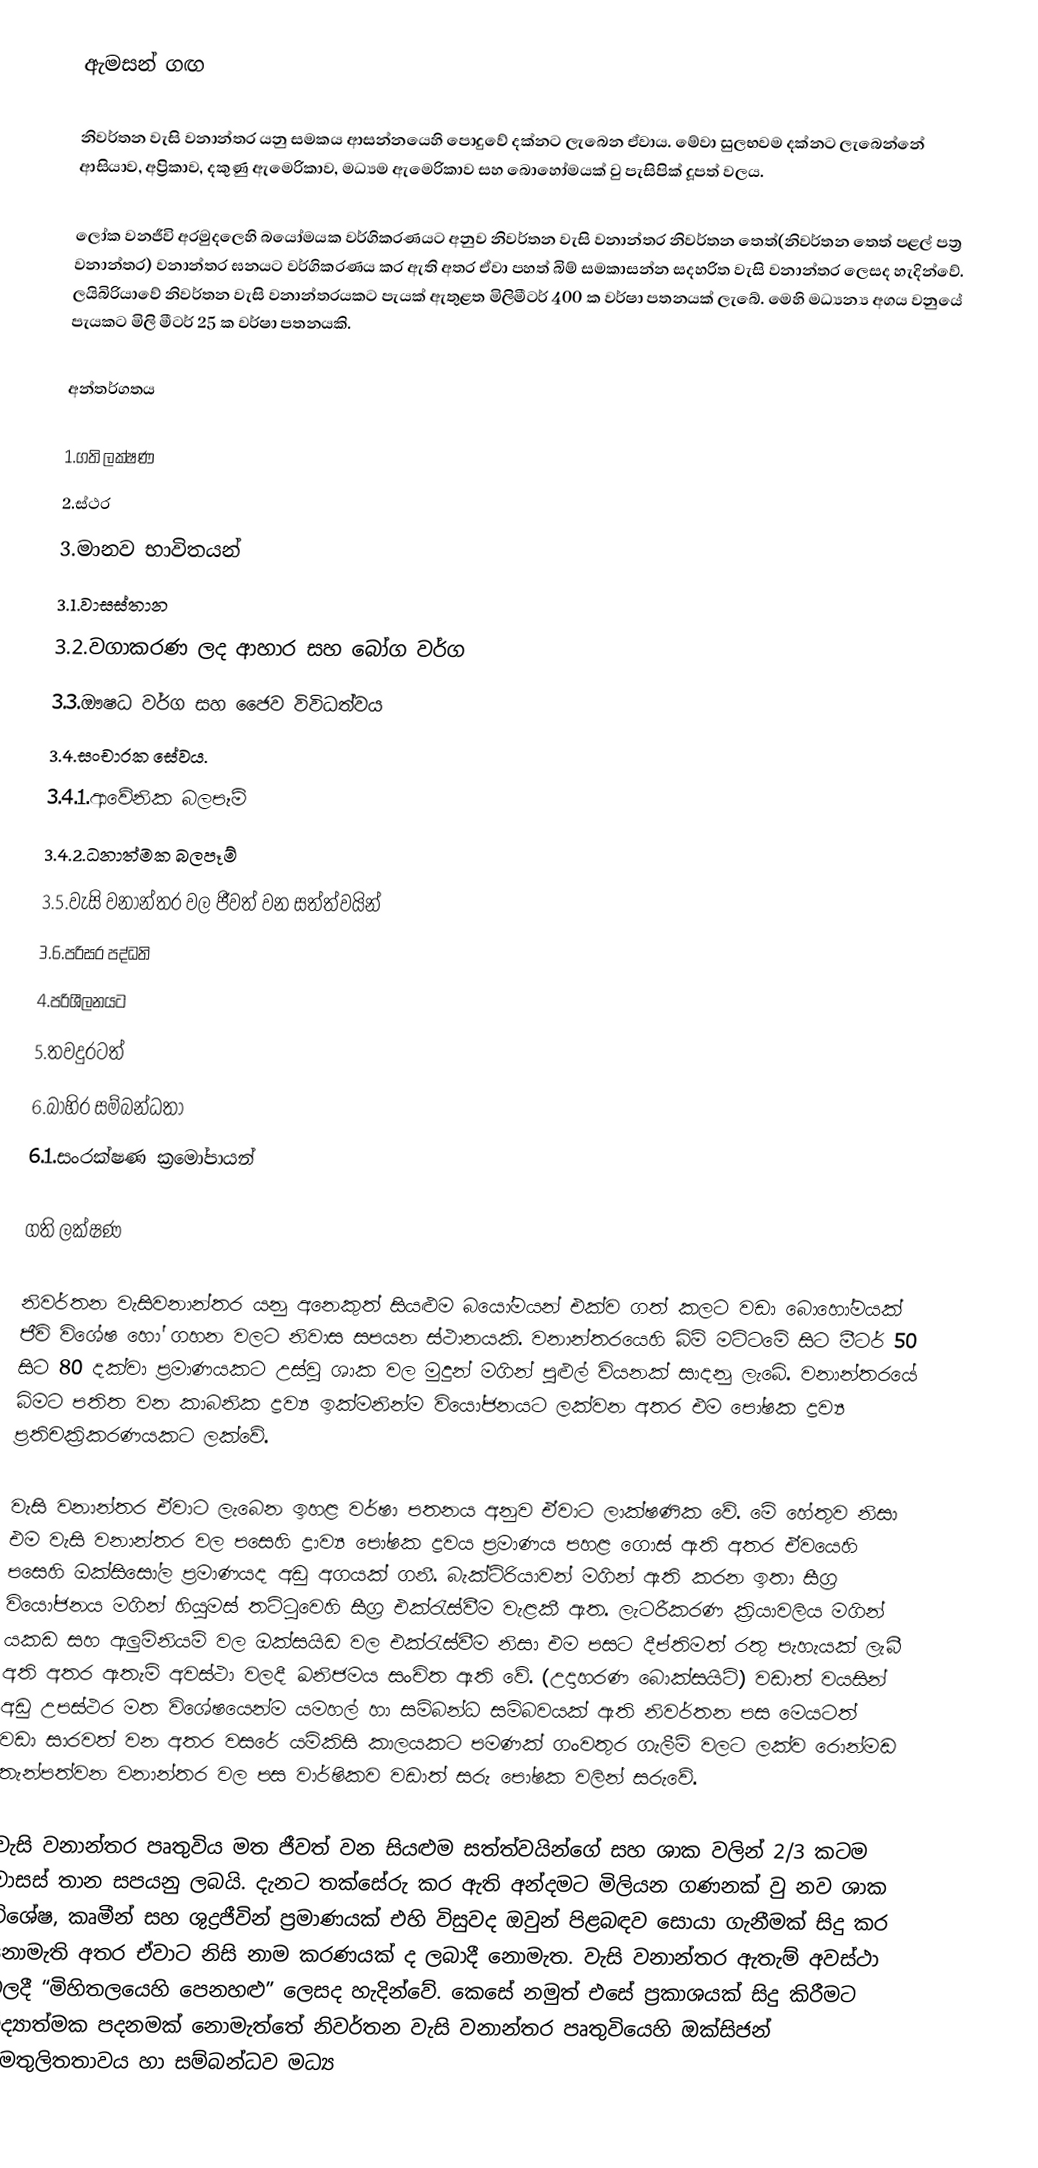
ඇමසන් ගඟ

නිවර්තන වැසි වනාන්තර යනු සමකය ආසන්නයෙහි පොදුවේ දක්නට ලැබෙන ඒවාය. මේවා සුලභවම දක්නට ලැබෙන්නේ ‍ආසියාව, අප්‍රිකාව, දකුණු ඇමෙරිකාව, මධ්‍යම ඇමෙරිකාව සහ බොහෝමයක් වු පැසිපික් දූපත් වලය.

ලෝක වනජීවි අරමුදලෙහි බයෝමයක වර්ගිකරණයට අනුව නිවර්තන වැසි වනාන්තර නිවර්තන තෙත්(නිවර්තන තෙත් පළල් පත්‍ර වනාන්තර) වනාන්තර ඝනයට වර්ගිකරණය කර ඇති අතර ඒවා පහත් බිම් සමකාසන්න සදහරිත වැසි වනාන්තර ලෙසද හැදින්වේ. ලයිබිරියාවේ නිවර්තන වැසි වනාන්තරයකට පැයක් ඇතුළත මිලිමීටර් 400 ක වර්ෂා පතනයක් ලැබේ. මෙහි මධ්‍යන්‍ය අගය වනුයේ පැයකට මිලි මීටර් 25 ක වර්ෂා පතනයකි.

අන්තර්ගතය

 1.ගති ලක්ෂණ
 2.ස්ථර
 3.මානව භාවිතයන්
  3.1.වාසස්තාන
  3.2.වගාකරණ ලද ආහාර සහ බෝග වර්ග
  3.3.ඖෂධ වර්ග සහ ජෛව විවිධත්වය
  3.4.සංචාරක සේවය.
   3.4.1.ආවේනික බලපෑම්
   3.4.2.ධනාත්මක බලපෑම්
  3.5.වැසි වනාන්තර වල ජීවත් වන සත්ත්වයින්
  3.6.පරිසර පද්ධති
 4.පරිශීලනයට
 5.තවදුරටත්
 6.බාහිර සම්බන්ධතා
  6.1.සංරක්ෂණ ක්‍රමෝපායන්

ගති ලක්ෂණ

නිවර්තන වැසිවනාන්තර යනු අනෙකුත් සියළුම බයෝමයන් එක්ව ගත් කලට වඩා‍ බොහෝමයක් ජීවි විශේෂ හෝ ගහන වලට නිවාස සපයන ස්ථානයකි. වනාන්තරයෙහි බිම් මට්ටමේ සිට මීටර් 50 සිට 80 දක්වා ප්‍රමාණයකට උස්වු ශාක වල මුදුන්  මගින් පුළුල් වියනක් සාදනු ලැබේ.  වනාන්තරයේ බිමට පතිත වන කාබනික ද්‍රව්‍ය ඉක්මනින්ම වියෝජනයට ලක්වන අතර එම පෝෂක ද්‍රව්‍ය ප්‍රතිචක්‍රිකරණයකට ලක්වේ.

වැසි වනාන්තර ඒවා‍ට ලැබෙන ඉහළ වර්ෂා පතනය අනුව ඒවාට ලාක්ෂණික වේ. මේ හේතුව නිසා එම වැසි වනාන්තර වල පසෙහි ද්‍රාව්‍ය පෝෂක ද්‍රවය ප්‍රමාණය පහළ ගොස් ඇති අතර ඒවයෙහි පසෙහි ඔක්සිසෝල ප්‍රමාණයද අඩු අගයක් ගනී. බැක්ටිරියාවන් මගින් ඇති කරන  ඉතා සීග්‍ර වියෝජනය  මගින් හියුමස් තට්ටුවෙහි සීග්‍ර එක්රැස්වීම වැළකී ඇත. ලැටරීකරණ ක්‍රියාවලිය මගින් යකඩ සහ ඇලුමිනියම් වල ඔක්සයිඩ වල එක්රැස්වීම නිසා එම පසට දීප්තිමත් රතු පැහැයක් ලැබී අති අතර ඇතැම් අවස්ථා වලදී ඛනිජමය සංචිත ඇති වේ. (උදාහරණ බොක්සයිට්) වඩාත් වයසින් අඩු උපස්ථර මත විශේෂයෙන්ම යමහල් හා සම්බන්ධ සම්බවයක් ඇති නිවර්තන පස මෙයටත් වඩා සාරවත් වන අතර වසරේ යම්කිසි කාලයකට පමණක් ගංවතුර ගැලීම් වලට ලක්ව රොන්මඩ තැන්පත්වන වනාන්තර වල පස වාර්ෂිකව වඩාත් සරු පෝෂක වලින් සරුවේ.

වැසි වනාන්තර පෘතුවිය මත ජීවත් වන සියළුම සත්ත්වයින්ගේ සහ ශාක වලින් 2/3 කටම වාසස් තාන සපයනු ලබයි. දැනට තක්සේරු කර ඇති අන්දමට මිලියන ගණනක් වු නව ශාක විශේෂ, කෘමීන් සහ ශුද්‍රජීවින් ප්‍රමාණයක් එහි විසුවද ඔවුන් පිළබඳව සොයා ගැනීමක් සිදු කර නොමැති අතර ඒවාට නිසි නාම කරණයක් ද ලබාදී නොමැත. වැසි වනාන්තර ඇතැම් අවස්ථා වලදී “මිහිතලයෙහි පෙනහළු” ලෙසද හැදින්වේ. කෙසේ නමුත් එසේ ප්‍රකාශයක් සිදු කිරීමට විද්‍යාත්මක පදනමක් නොමැත්තේ නිවර්තන වැසි වනාන්තර පෘතුවියෙහි ඔක්සිජන් සමතුලිතතාවය හා සම්බන්ධව මධ්‍ය